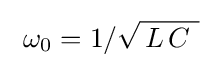
~\omega _{0}=1/{\sqrt {\,L\,C~}}~